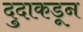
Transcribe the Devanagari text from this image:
दुदाकडून